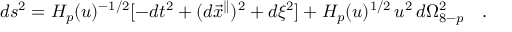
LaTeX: d s ^ { 2 } = H _ { p } ( u ) ^ { - 1 / 2 } [ - d t ^ { 2 } + ( d { { \vec { x } } ^ { \parallel } } ) ^ { 2 } + d \xi ^ { 2 } ] + H _ { p } ( u ) ^ { 1 / 2 } \, u ^ { 2 } \, d \Omega _ { 8 - p } ^ { 2 } \quad .